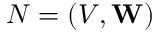
N = ( V , \mathbf { W } )